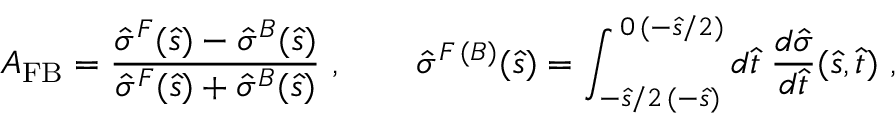
A _ { \mathrm { F B } } = \frac { \hat { \sigma } ^ { F } ( \hat { s } ) - \hat { \sigma } ^ { B } ( \hat { s } ) } { \hat { \sigma } ^ { F } ( \hat { s } ) + \hat { \sigma } ^ { B } ( \hat { s } ) } ~ , \qquad \hat { \sigma } ^ { F \, ( B ) } ( \hat { s } ) = \int _ { - \hat { s } / 2 \, ( - \hat { s } ) } ^ { \, 0 \, ( - \hat { s } / 2 ) } d \hat { t } \; \frac { d \hat { \sigma } } { d \hat { t } } ( \hat { s } , \hat { t } ) ~ ,